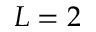
L = 2